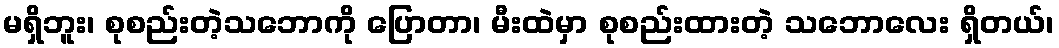
မရှိဘူး၊ စုစည်းတဲ့သဘောကို ပြောတာ၊ မီးထဲမှာ စုစည်းထားတဲ့ သဘောလေး ရှိတယ်၊